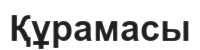
Құрамасы